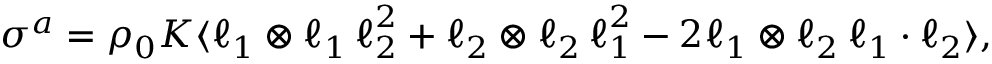
\boldsymbol { \sigma } ^ { a } = \rho _ { 0 } K \langle \boldsymbol { \ell } _ { 1 } \otimes \boldsymbol { \ell } _ { 1 } \, \boldsymbol { \ell } _ { 2 } ^ { 2 } + \boldsymbol { \ell } _ { 2 } \otimes \boldsymbol { \ell } _ { 2 } \, \boldsymbol { \ell } _ { 1 } ^ { 2 } - 2 \boldsymbol { \ell } _ { 1 } \otimes \boldsymbol { \ell } _ { 2 } \, \boldsymbol { \ell } _ { 1 } \cdot \boldsymbol { \ell } _ { 2 } \rangle ,